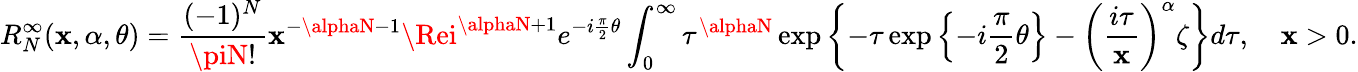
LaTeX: R_{N}^{\infty}(\mathbf{x},\alpha,\theta)=\frac{{(-1)^{N}}}{{\piN!}}\mathbf{x}^{-\alphaN-1}\Rei^{\alphaN+1}e^{-i\frac{{\pi}}{{2}}\theta}\int_{0}^{\infty}\tau^{\alphaN}\exp\left\{ -\tau\exp\left\{ -i\frac{{\pi}}{{2}}\theta\right\} -\left(\frac{{i\tau}}{{\mathbf{x}}}\right)^{\alpha}\zeta\right\} d\tau,\quad\mathbf{x}>0.